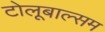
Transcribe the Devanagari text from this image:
टोलूबाल्सम